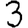
Digit: 3